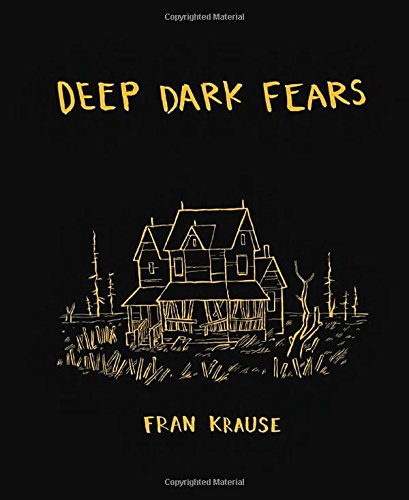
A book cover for Deep Dark Fears; Fran Krause; Comics & Graphic Novels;